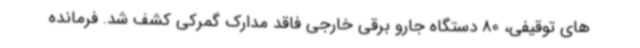
های توقیفی، 80 دستگاه جارو برقی خارجی فاقد مدارک گمرکی کشف شد. فرمانده